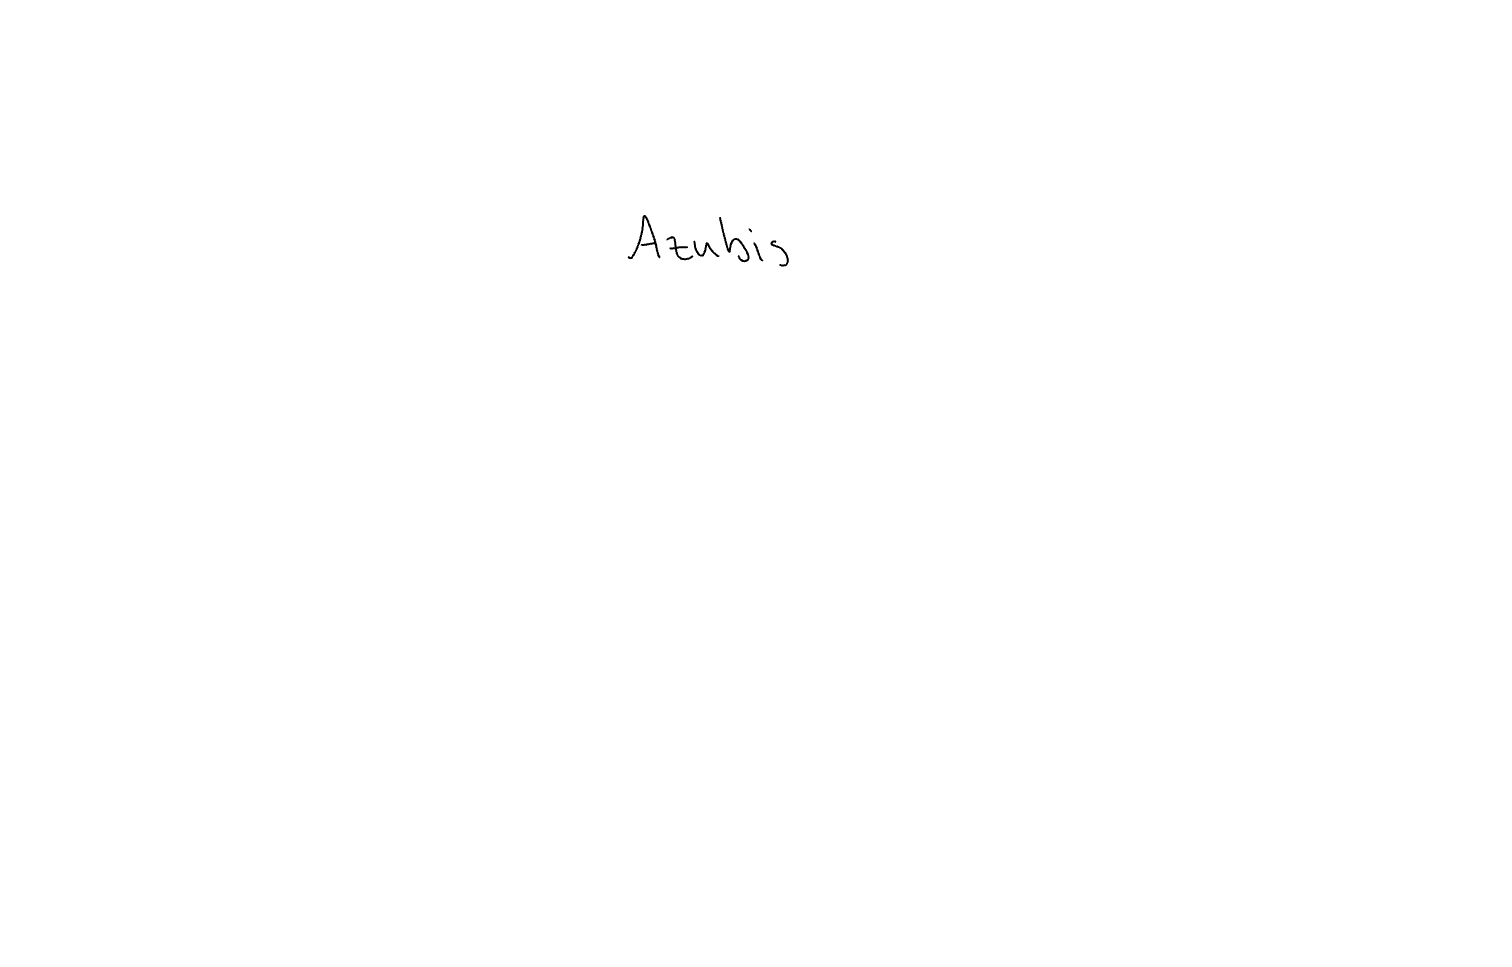
Text: Azubis